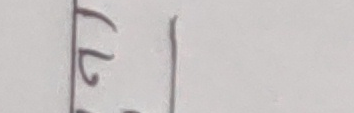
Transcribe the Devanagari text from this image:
छन्